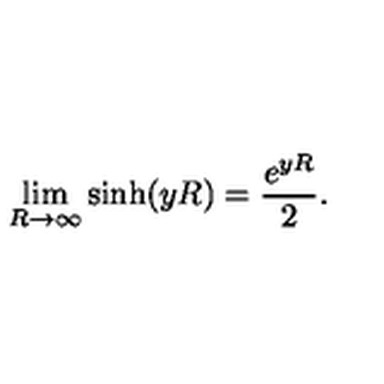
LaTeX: \lim _ { R \to \infty } \sinh ( y R ) = \frac { e ^ { y R } } { 2 } { . }